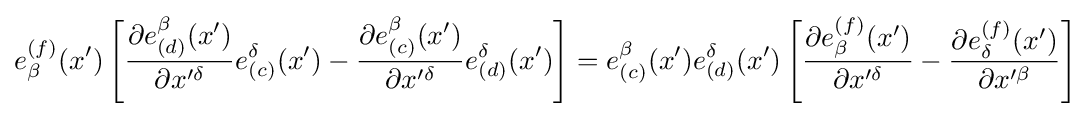
e_{\beta }^{(f)}(x^{\prime })\left[{\frac {\partial e_{(d)}^{\beta }(x^{\prime })}{\partial x^{\prime \delta }}}e_{(c)}^{\delta }(x^{\prime })-{\frac {\partial e_{(c)}^{\beta }(x^{\prime })}{\partial x^{\prime \delta }}}e_{(d)}^{\delta }(x^{\prime })\right]=e_{(c)}^{\beta }(x^{\prime })e_{(d)}^{\delta }(x^{\prime })\left[{\frac {\partial e_{\beta }^{(f)}(x^{\prime })}{\partial x^{\prime \delta }}}-{\frac {\partial e_{\delta }^{(f)}(x^{\prime })}{\partial x^{\prime \beta }}}\right]